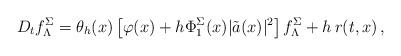
LaTeX: \begin{align*}D_t f^{\Sigma}_{\Lambda}= \theta_h(x)\left[\varphi(x) + h \Phi^{\Sigma}_1(x) |\tilde{a}(x)|^2\right] f^{\Sigma}_{\Lambda} + h\, r(t,x) \,,\end{align*}